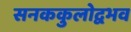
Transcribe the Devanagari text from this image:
सनककुलोद्वभव